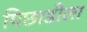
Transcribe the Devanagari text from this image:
पिछाडीला